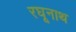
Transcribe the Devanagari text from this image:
रघूनाथ